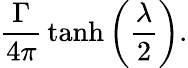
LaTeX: {\frac{\Gamma}{4\pi}}\operatorname{tanh}\left({\frac{\lambda}{2}}\right).